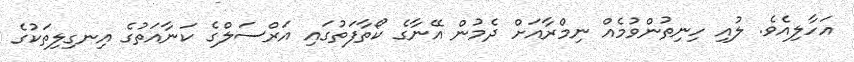
އަހާލިއެވެ. ލުއި ހިނިތުންވުމެއް ނިމްރާއަށް ދެމުން އޭނާގެ ކޯތާފަތުގައި އަރްސަލްގެ ކަނާއަތުގެ އިނގިލިތަކުގެ